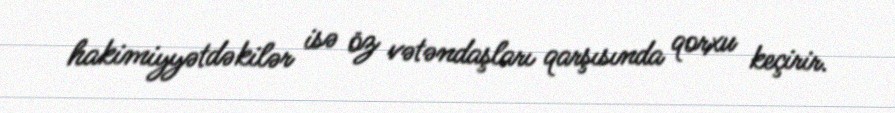
hakimiyyətdəkilər isə öz vətəndaşları qarşısında qorxu keçirir.